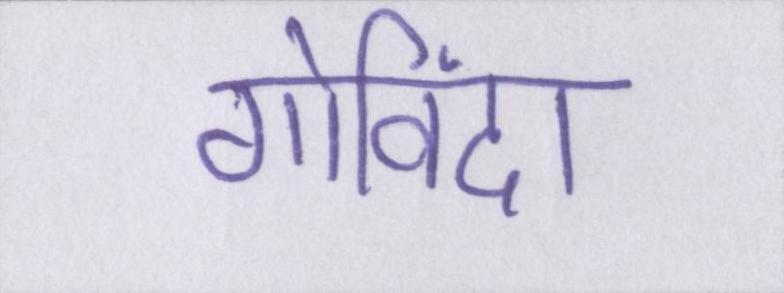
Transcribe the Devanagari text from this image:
गोविंदा